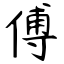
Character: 傅